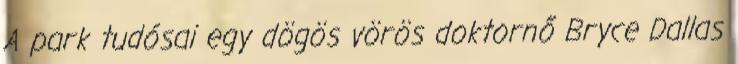
A park tudósai egy dögös vörös doktornő Bryce Dallas